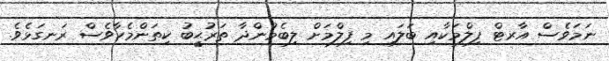
ނަމަވެސް އާރޓް ފިލްމަކާއި ބަލައި މި ފިލްމަށް ލިބެމުންދާ ތަރުޙީބު ކިތަންމެހާވެސް ރަނގަޅެވެ.